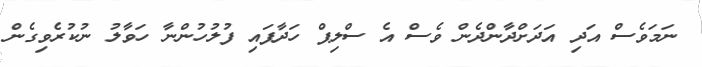
ނަމަވެސް އަދި އަދަށްދާންދެން ވެސް އެ ސްލިޕް ހަދާފައި ފުލުހުންނާ ހަވާލު ނުކުރެވިގެން